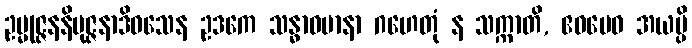
ဥမ္မုဇ္ဇနနိမုဇ္ဇနာဒိဝသေန ဥဒကေ သန္ဓာဝမာနာ ဂဟေတုံ န သက္ကာတိ, ဧဝမေဝ အယမ္ပိ